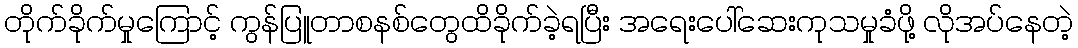
တိုက်ခိုက်မှုကြောင့် ကွန်ပြူတာစနစ်တွေထိခိုက်ခဲ့ရပြီး အရေးပေါ်ဆေးကုသမှုခံဖို့ လိုအပ်နေတဲ့